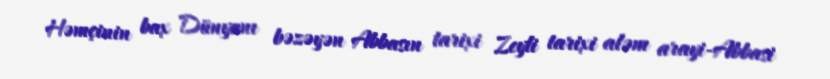
Həmçinin bax Dünyanı bəzəyən Abbasın tarixi Zeyli tarixi aləm arayi-Abbasi